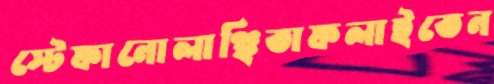
স্টেফানোলাঞ্ছিতাফলাইতেন